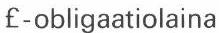
£-obligaatiolaina